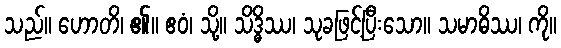
သည်။ ဟောတိ၊ ၏။ ဧဝံ၊ သို့။ သိဒ္ဓိဿ၊ သုခဖြင့်ပြီးသော။ သမာဓိဿ၊ ကို။